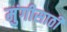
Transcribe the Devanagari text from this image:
मुंगीसाठी